Document type: Sale
Year: 1209
Scribe: Arnau de Torre
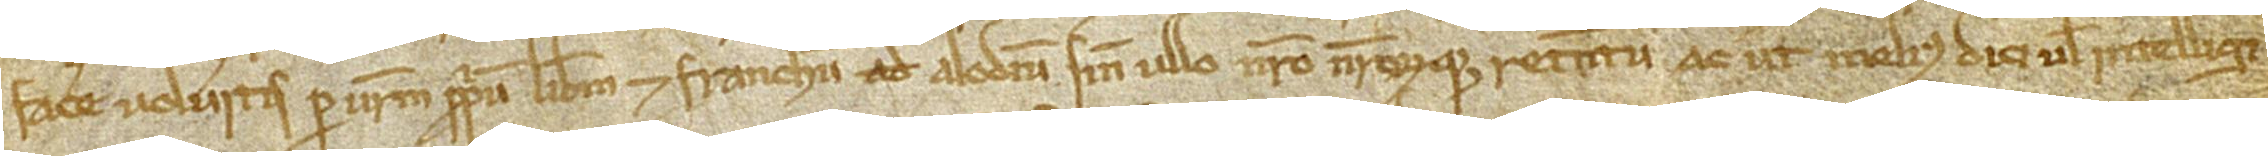
facere volueritis per vestrum proprium liberum et franchum alodium, sine ullo nostro nostrorumque retentu ac ut melius dici vel intelligi